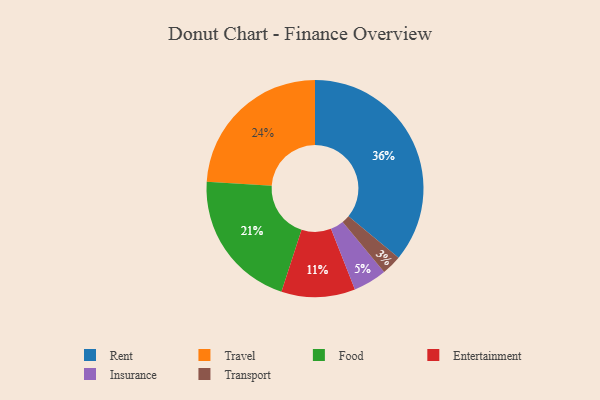
{"axis": {"x": "Category", "y": "Percentage"}, "legend": ["Entertainment", "Food", "Insurance", "Rent", "Transport", "Travel"], "data": [{"x": "Insurance", "y": 5, "type": "Insurance"}, {"x": "Entertainment", "y": 11, "type": "Entertainment"}, {"x": "Travel", "y": 24, "type": "Travel"}, {"x": "Rent", "y": 36, "type": "Rent"}, {"x": "Transport", "y": 3, "type": "Transport"}, {"x": "Food", "y": 21, "type": "Food"}]}